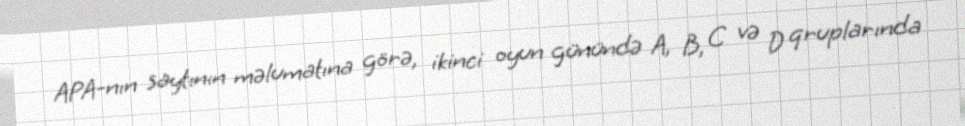
APA-nın saytının məlumatına görə, ikinci oyun günündə A, B, C və D qruplarında